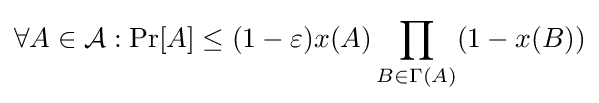
\forall A\in {\mathcal {A}}:\Pr[A]\leq (1-\varepsilon )x(A)\prod _{B\in \Gamma (A)}(1-x(B))